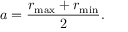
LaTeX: a = { \frac { r _ { \operatorname* { m a x } } + r _ { \operatorname* { m i n } } } { 2 } } .